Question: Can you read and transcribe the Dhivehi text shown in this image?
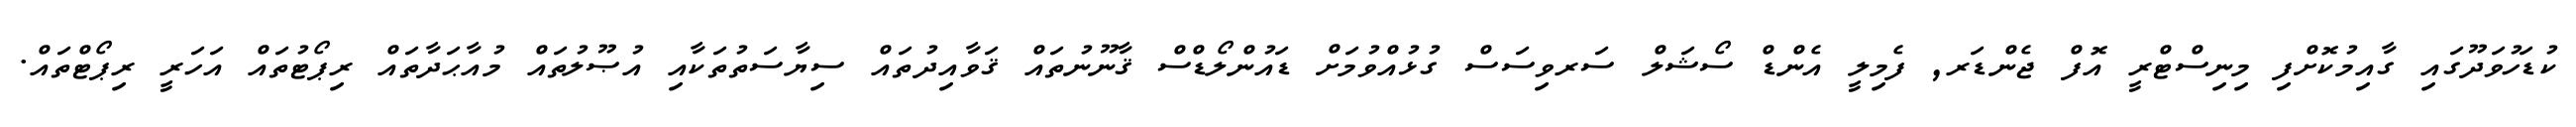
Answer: ކުޑަހުވަދޫގައި ގާއިމުކޮށްފި މިނިސްޓްރީ އޮފް ޖެންޑަރ, ފެމިލީ އެންޑް ސޯޝަލް ސަރވިސަސް ގުޅުއްވުމަށް ޑައުންލޯޑްސް ޤާނޫނުތައް ޤަވާއިދުތައް ސިޔާސަތުތަކާއި އުޞޫލުތައް މުއާޙަދާތައް ރިޕޯޓުތައް އަހަރީ ރިޕޯޓްތައް.